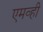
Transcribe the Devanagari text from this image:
एमव्ही